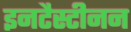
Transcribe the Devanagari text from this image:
इनटैस्टीनन